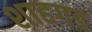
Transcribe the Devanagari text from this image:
शाहगड